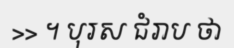
>> ។ បុរស ជំរាប ថា